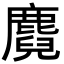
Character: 麑